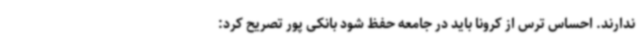
ندارند. احساس ترس از کرونا باید در جامعه حفظ شود بانکی پور تصریح کرد: